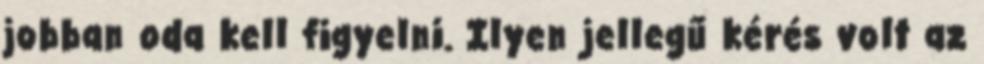
jobban oda kell figyelni. Ilyen jellegű kérés volt az